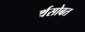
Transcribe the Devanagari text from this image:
अर्थसोबत